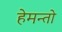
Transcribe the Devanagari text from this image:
हेमन्तो